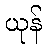
ယုန်